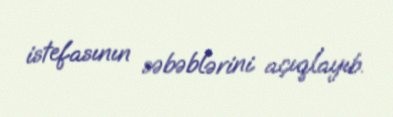
istefasının səbəblərini açıqlayıb.